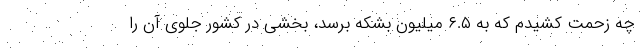
چه زحمت کشیدم که به ۶.۵ میلیون بشکه برسد، بخشی در کشور جلوی آن را